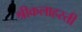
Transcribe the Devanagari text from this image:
श्रीकलाहस्ती